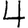
Digit: 4